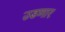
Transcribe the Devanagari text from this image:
उडणार